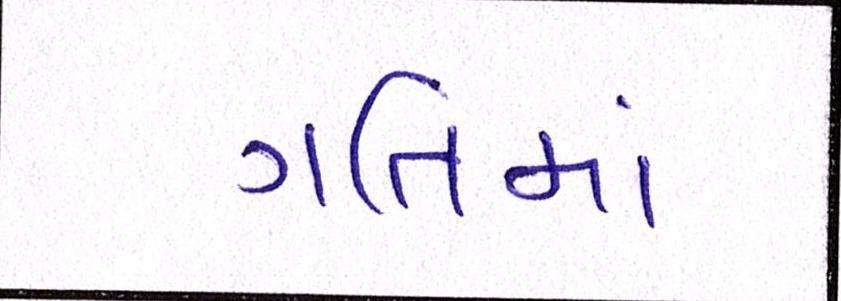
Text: ગતિમાં